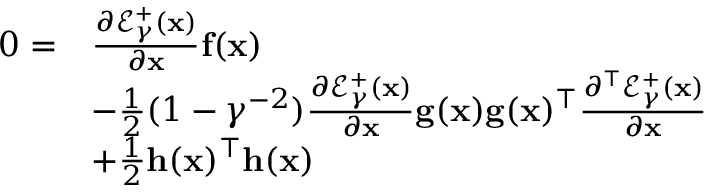
\begin{array} { r l } { 0 = } & { \frac { \partial \mathcal { E } _ { \gamma } ^ { + } ( \mathbf { x } ) } { \partial \mathbf { x } } \mathbf { f } ( \mathbf { x } ) } \\ & { - \frac { 1 } { 2 } ( 1 - \gamma ^ { - 2 } ) \frac { \partial \mathcal { E } _ { \gamma } ^ { + } ( \mathbf { x } ) } { \partial \mathbf { x } } \mathbf { g } ( \mathbf { x } ) \mathbf { g } ( \mathbf { x } ) ^ { \top } \frac { \partial ^ { \top } \mathcal { E } _ { \gamma } ^ { + } ( \mathbf { x } ) } { \partial \mathbf { x } } } \\ & { + \frac { 1 } { 2 } \mathbf { h } ( \mathbf { x } ) ^ { \top } \mathbf { h } ( \mathbf { x } ) } \end{array}